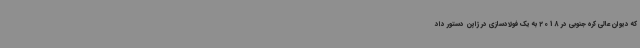
که دیوان عالی کره جنوبی در 2018 به یک فولادسازی در ژاپن دستور داد